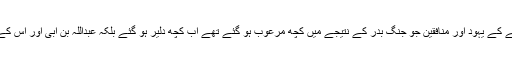
حضرت مرزا بشیر احمد صاحبؓ لکھتے ہیں کہ غزوۂ احد کے بعد مدینے کے یہود اور منافقین جو جنگِ بدر کے نتیجے میں کچھ مرعوب ہو گئے تھے اب کچھ دلیر ہو گئے بلکہ عبداللہ بن اُبی اور اس کے ساتھیوں نے تو کھلم کھلا تمسخر اڑانا اور طعنے دینا شروع کر دیے۔